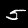
Digit: 5